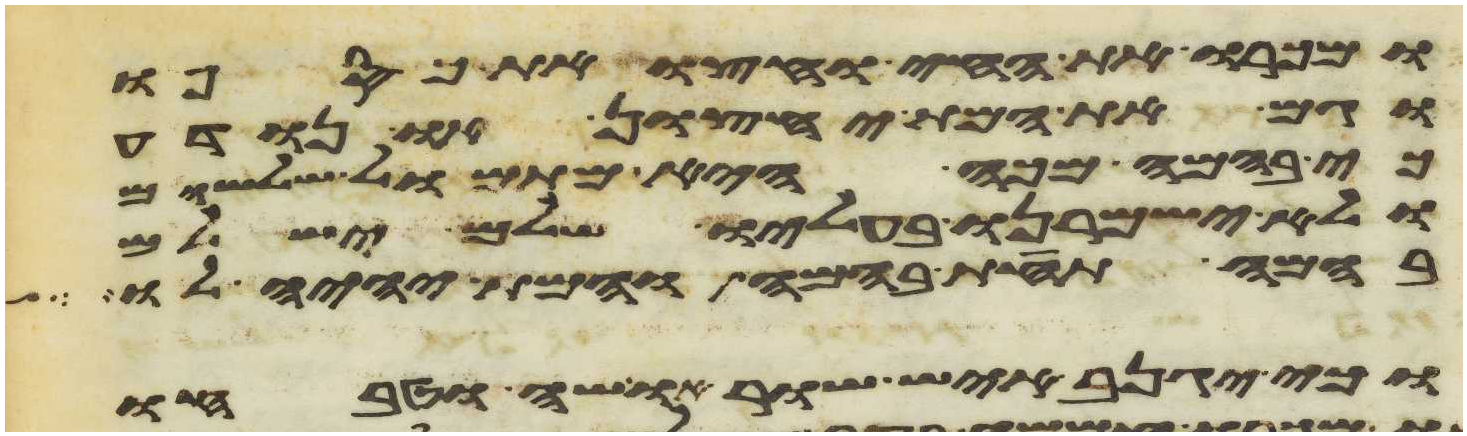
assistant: ומכרו את החי וחצו את כספו
וגם את המת יחצון או נודע
כי בהמה מכה היא מתמול שלשום
ולא ישמרנו בעליו שלם ישלם
בהמה תחת בהמה והמת יהיה לו
וכי יגנב איש שור או שה וטבחו